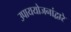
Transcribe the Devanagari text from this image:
उपाययोजनांद्वारे